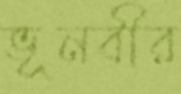
ভূনবীর